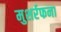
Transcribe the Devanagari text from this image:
मुशर्रफना